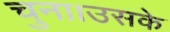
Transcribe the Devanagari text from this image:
चुना।उसके